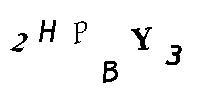
2HPBY3